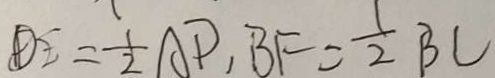
D E = \frac { 1 } { 2 } A P , B F = \frac { 1 } { 2 } B C